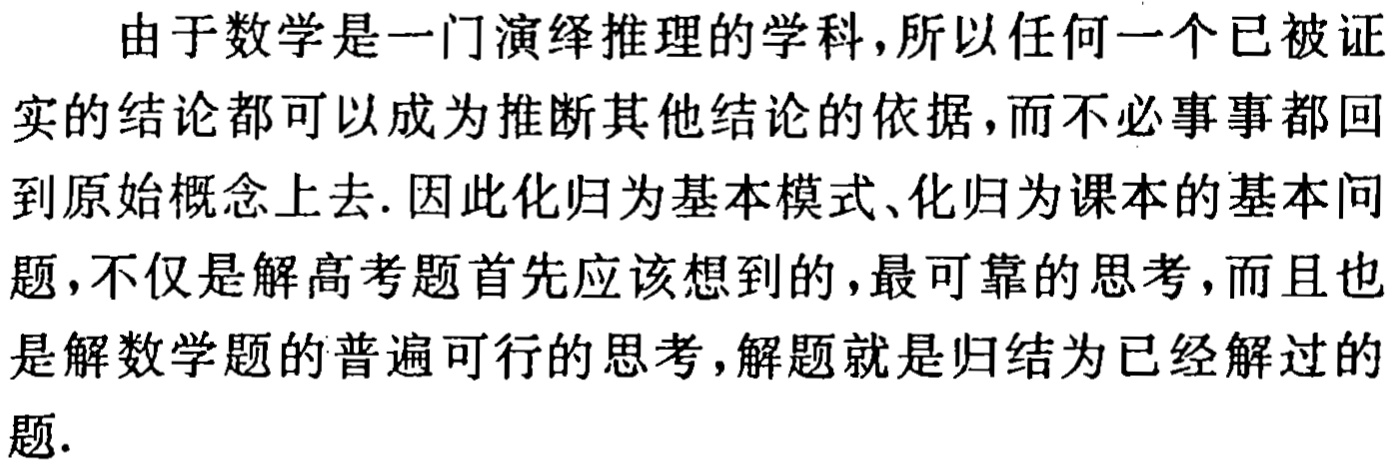
由于数学是一门演绎推理的学科，所以任何一个已被证实的结论都可以成为推断其他结论的依据，而不必事事都回到原始概念上去. 因此化归为基本模式、化归为课本的基本问题，不仅是解高考题首先应该想到的，最可靠的思考，而且也是解数学题的普遍可行的思考，解题就是归结为已经解过的题.